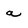
Character: a